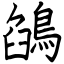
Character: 鵮